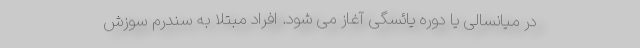
در میانسالی یا دوره یائسگی آغاز می شود. افراد مبتلا به سندرم سوزش